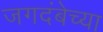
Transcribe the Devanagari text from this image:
जगदंबेच्या